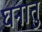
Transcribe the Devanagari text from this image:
घनातु